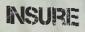
INSURE